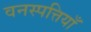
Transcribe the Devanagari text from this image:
वनस्पत्तियाँ